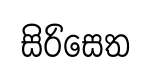
සිරිසෙත